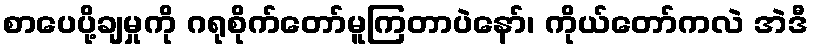
စာပေပို့ချမှုကို ဂရုစိုက်တော်မူကြတာပဲနော်၊ ကိုယ်တော်ကလဲ အဲဒီ